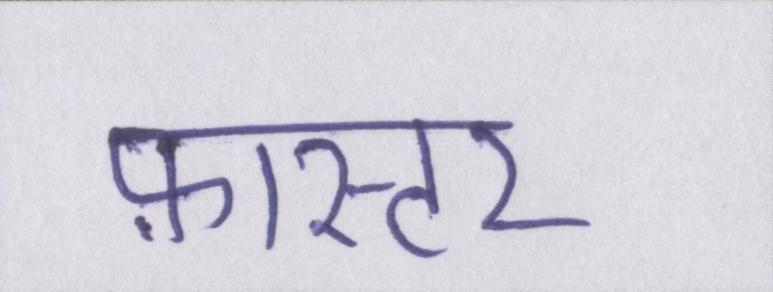
फ़ास्टर